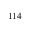
^ { 1 1 4 }